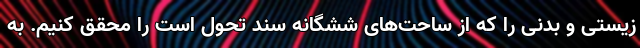
زیستی و بدنی را که از ساحت‌های ششگانه سند تحول است را محقق کنیم. به